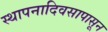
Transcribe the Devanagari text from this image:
स्थापनादिवसापासून